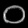
Digit: ၀